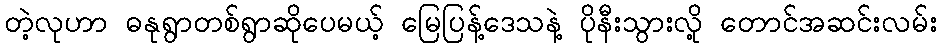
တဲ့လုဟာ ဓနုရွာတစ်ရွာဆိုပေမယ့် မြေပြန့်ဒေသနဲ့ ပိုနီးသွားလို့ တောင်အဆင်းလမ်း